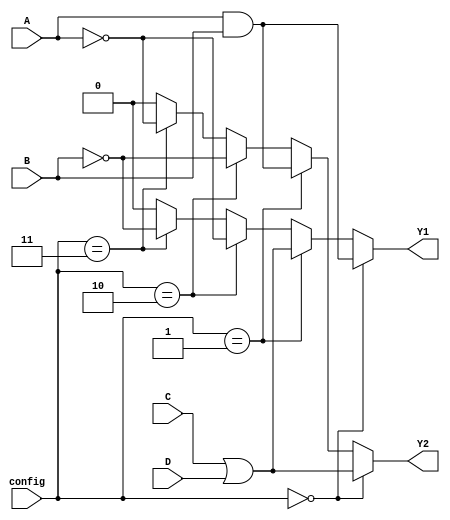
module combinational_logic_block (
    input wire A,      // Input A
    input wire B,      // Input B
    input wire C,      // Input C
    input wire D,      // Input D
    input wire [1:0] config, // Configuration select for logic operation
    output wire Y1,    // Output Y1
    output wire Y2     // Output Y2
);

// Internal signals for logic operations
wire and_out;
wire or_out;
wire not_out_A;
wire not_out_B;

// Logic Elements
assign and_out = A & B;          // AND operation
assign or_out = C | D;           // OR operation
assign not_out_A = ~A;           // NOT operation on A
assign not_out_B = ~B;           // NOT operation on B

// Output Logic based on configuration
assign Y1 = (config == 2'b00) ? and_out : // AND operation
            (config == 2'b01) ? or_out :  // OR operation
            (config == 2'b10) ? not_out_A : // NOT operation on A
            (config == 2'b11) ? not_out_B :  // NOT operation on B
            1'b0; // Default case (should not occur)

// Example of a second output Y2 based on different logic
assign Y2 = (config == 2'b00) ? or_out : // OR operation
            (config == 2'b01) ? and_out : // AND operation
            (config == 2'b10) ? not_out_B : // NOT operation on B
            (config == 2'b11) ? not_out_A : // NOT operation on A
            1'b0; // Default case (should not occur)

endmodule